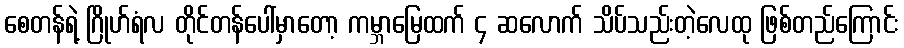
စေတန်ရဲ့ ဂြိုဟ်ရံလ တိုင်တန်ပေါ်မှာတော့ ကမ္ဘာမြေထက် ၄ ဆလောက် သိပ်သည်းတဲ့လေထု ဖြစ်တည်ကြောင်း